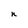
Character: n